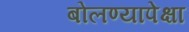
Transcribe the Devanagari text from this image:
बोलण्यापेक्षा